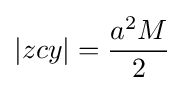
|zcy|={\frac {a^{2}M}{2}}